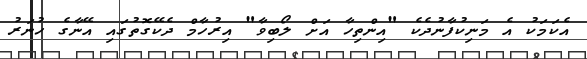
އެކަމަކު އެ މަނިކުފާނުދެކެ "އިންތިހާ އަށް ލޯބިވާ" އިރުހާމް ދެކޭގޮތުގައި އޭނާގެ ހުނަރު